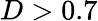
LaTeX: D>0.7